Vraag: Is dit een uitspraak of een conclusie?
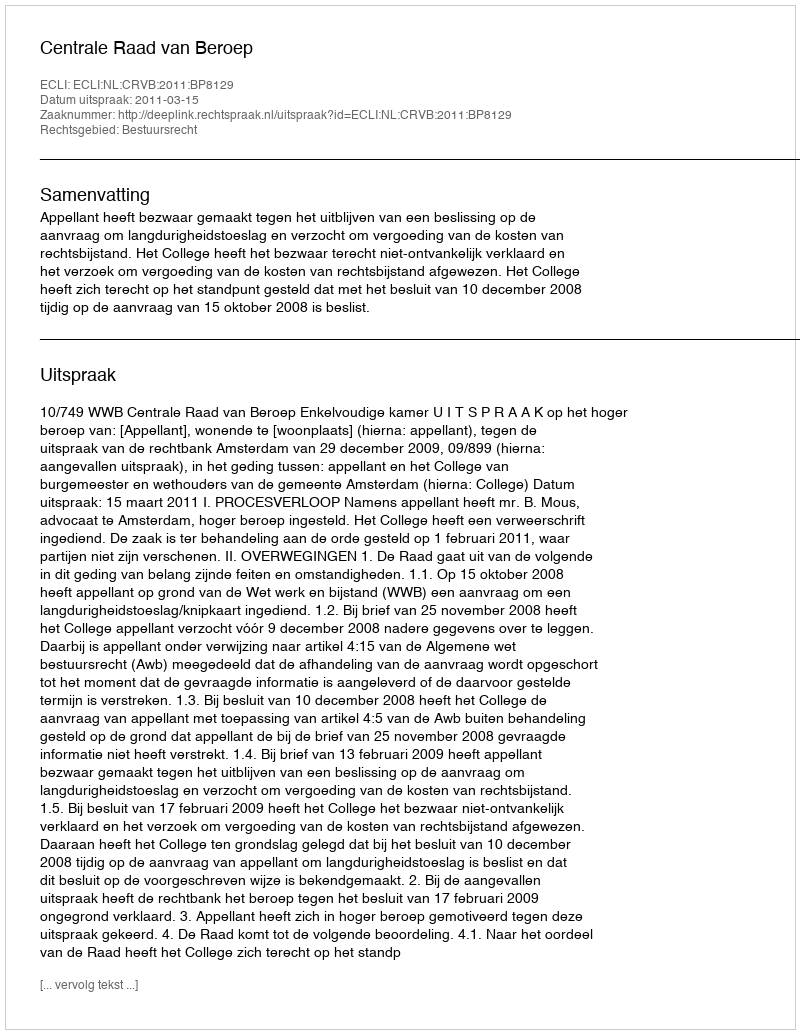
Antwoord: Uitspraak